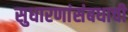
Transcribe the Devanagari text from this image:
सुधारणांसंबधाची